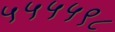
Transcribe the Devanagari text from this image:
५५५५९८